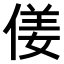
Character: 𠋄